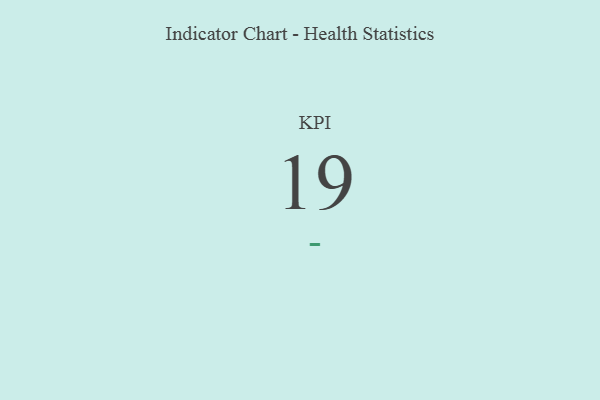
{"axis": {"x": "KPI", "y": "Value"}, "legend": [""], "data": [{"x": "KPI", "y": 19, "type": ""}]}